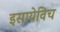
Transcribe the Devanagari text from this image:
इसायेविच